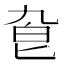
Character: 𠤙